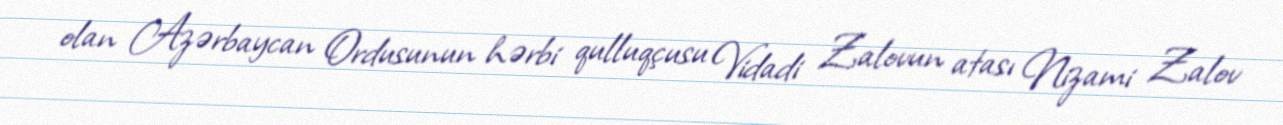
olan Azərbaycan Ordusunun hərbi qulluqçusu Vidadi Zalovun atası Nizami Zalov